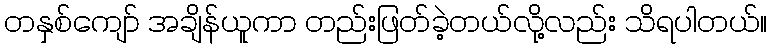
တနှစ်ကျော် အချိန်ယူကာ တည်းဖြတ်ခဲ့တယ်လို့လည်း သိရပါတယ်။